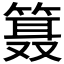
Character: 𱸗